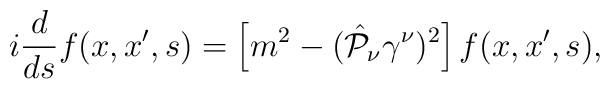
i\frac{d}{ds}f(x,x',s)=\left[m^2-( \hat{{\cal P}}_{\nu} \gamma^{\nu})^2\right]f(x,x',s),